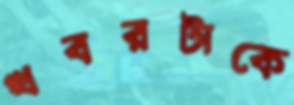
খবরটাকে